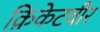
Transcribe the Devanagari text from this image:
क्रिकेटवीर